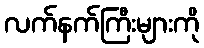
လက်နက်ကြီးများကို